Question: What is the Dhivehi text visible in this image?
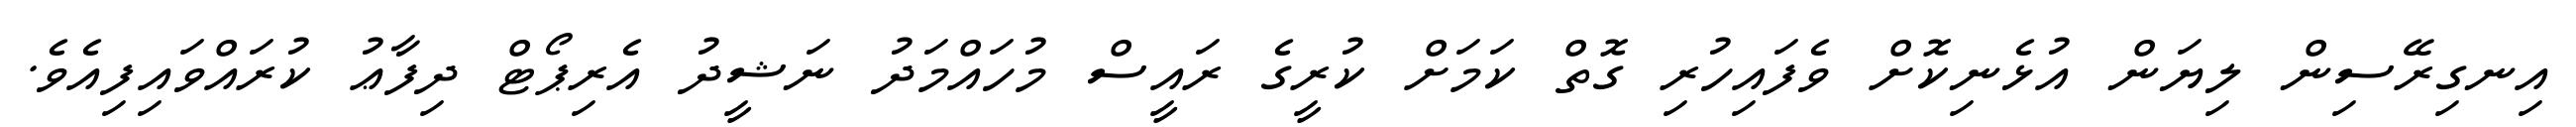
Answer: އިނގިރޭސިން ލިޔަން އުޅެނިކޮށް ވެފައިހުރި ގޮތް ކަމަށް ކުރީގެ ރައީސް މުހައްމަދު ނަޝީދު އެރިޕޯޓް ދިފާޢު ކުރައްވައިފިއެވެ.